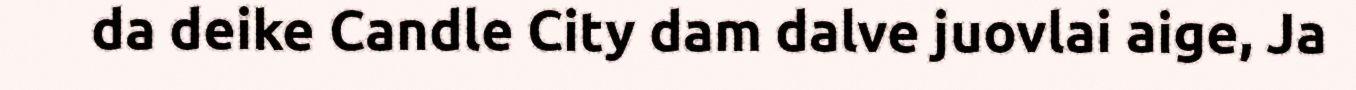
da deike Candle City dam dalve juovlai aige, Ja